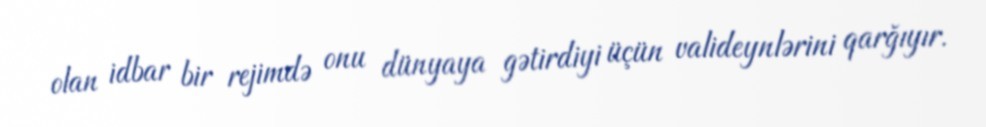
olan idbar bir rejimdə onu dünyaya gətirdiyi üçün valideynlərini qarğıyır.